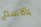
بالاسم